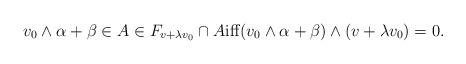
LaTeX: \begin{align*} v_0\wedge \alpha+\beta\in A\in F_{v+\lambda v_0}\cap A{\rm iff} (v_0\wedge \alpha+\beta)\wedge (v+\lambda v_0)=0. \end{align*}